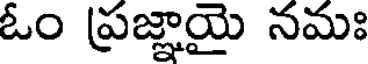
ఓం ప్రజ్ఞాయై నమః